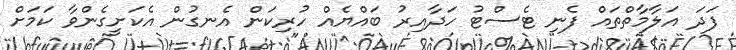
ފަދަ އަލާމާތްތައް ފެނި ޓެސްޓު ހަދާއިރު ބައްޔެއް ހުރިކަން އެނގުން އެކަށީގެންވާ ކަމަށް